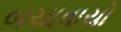
બચાવાયો